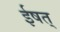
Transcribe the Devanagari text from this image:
ईषत्‌